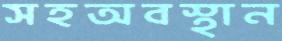
সহঅবস্থান